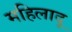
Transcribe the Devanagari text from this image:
महिलादू